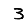
Digit: 3